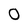
Character: 0